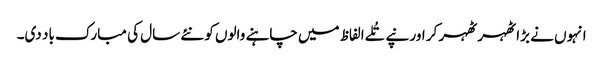
انہوں نے بڑا ٹھہر ٹھہر کر اور نپے تُلے الفاظ میں چاہنے والوں کو نئے سال کی مبارک باد دی۔